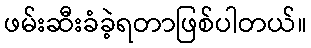
ဖမ်းဆီးခံခဲ့ရတာဖြစ်ပါတယ်။